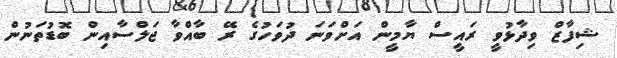
ޝިފާޒް ވިދާޅުވީ ރައީސް ޔާމީން އަށްވަނަ ދުވަހުގެ ރޭ ބާއްވާ ޖަލްސާއިން ބޮޑުތަނުން